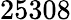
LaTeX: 25308